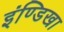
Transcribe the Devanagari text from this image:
इंण्डिखा